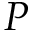
P